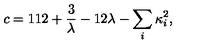
c = 1 1 2 + { \frac { 3 } { \lambda } } - 1 2 \lambda - \sum _ { i } \kappa _ { i } ^ { 2 } ,